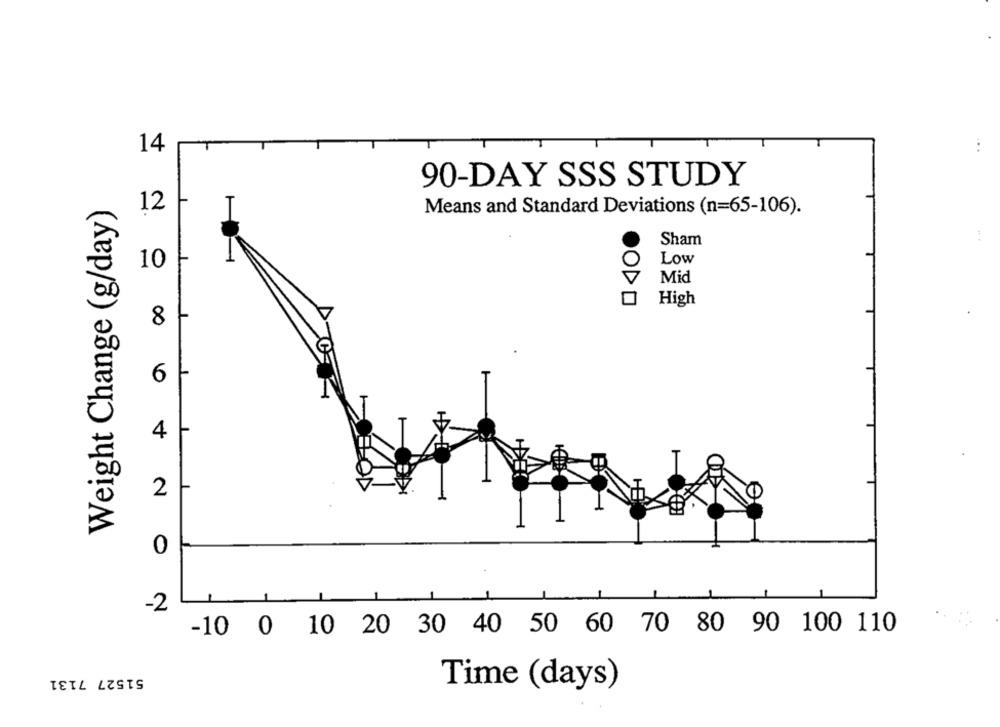
14
90-DAY SSS STUDY
Weight Change (g/day)
12
Means and Standard Deviations (n=65-106).
Sham
Low
10
Mid
High
8
6
4
2
0
-2
-10 0 10 20 30 40 50 60 70 80 90 100 110
51527 7131
Time (days)